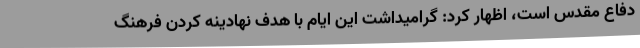
دفاع مقدس است، اظهار کرد: گرامیداشت این ایام با هدف نهادینه کردن فرهنگ